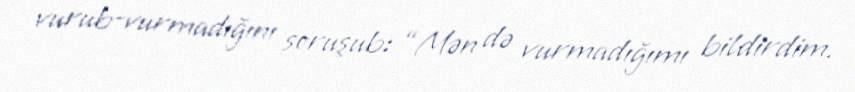
vurub-vurmadığını soruşub: “Mən də vurmadığımı bildirdim.